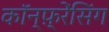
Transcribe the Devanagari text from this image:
कॉन्फ़्रेंसिंग